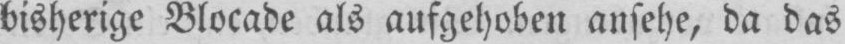
bisherige Blocade als aufgehoben ansehe, da das